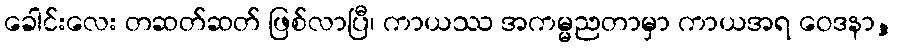
ခေါင်းလေး တဆတ်ဆတ် ဖြစ်လာပြီ၊ ကာယဿ အကမ္မညတာမှာ ကာယအရ ဝေဒနာ,